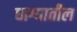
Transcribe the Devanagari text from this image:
धाग्यातील